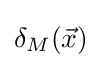
\delta _{M}({\vec {x}})~